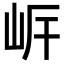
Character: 㟁